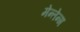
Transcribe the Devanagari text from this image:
मेन्तेन्ग